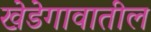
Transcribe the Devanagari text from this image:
खेडेगावातील